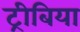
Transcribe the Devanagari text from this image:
ट्रीबिया